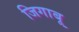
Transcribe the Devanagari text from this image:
जिगाबू